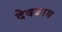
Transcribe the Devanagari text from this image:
देवज्ञाय